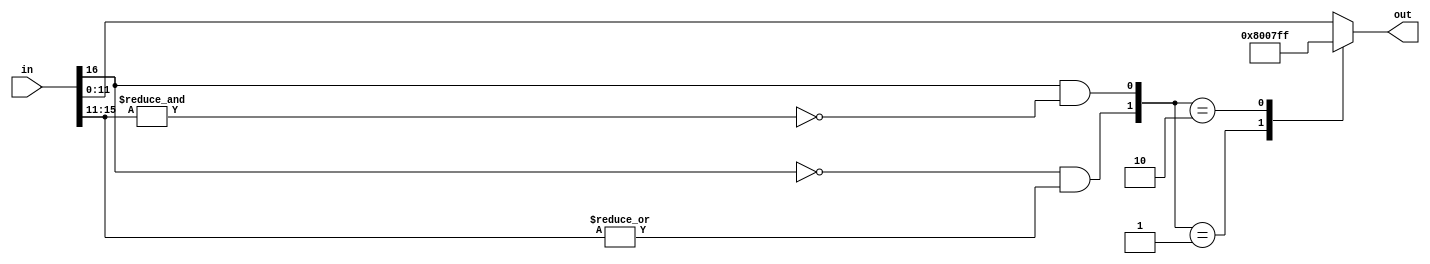
// sat.v: saturate isz to osz for signed data
// 2005-06-15 E. Brombaugh
// 2005-09-07 E. Brombaugh - backported FPGA architecture changes

module sat(in, out);
	parameter isz = 17;				// input data width
	parameter osz = 12;				// output data width
	parameter warn = 1;				// enable runtime warnings
	
	input signed [isz-1:0] in;		// input data to be saturated
	output signed [osz-1:0] out;	// output data after saturation
	
	// Check low & high saturation conditions
	wire min =  in[isz-1] & ~&in[isz-2:osz-1];
	wire max = ~in[isz-1] &  |in[isz-2:osz-1];
	
	reg [osz-1:0] out;
	
	// select output
	always @(*)
		case({max,min})
			2'b01:		out = {1'b1,{osz-1{1'b0}}};		// max neg
			2'b10:		out = {1'b0,{osz-1{1'b1}}};		// max pos
			default:	out = in[osz-1:0];				// pass thru
		endcase
	
	// runtime warnings
	// synthesis translate_off
		always @(*)
		if(warn & (min | max))
			$display("%m: saturation @ time %d (%d <> %d)", $time, in, (1<<(osz-1)));
	// synthesis translate_on
endmodule